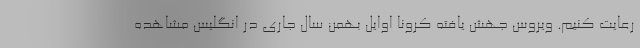
رعایت کنیم. ویروس جهش یافته کرونا اوایل بهمن سال جاری در انگلیس مشاهده